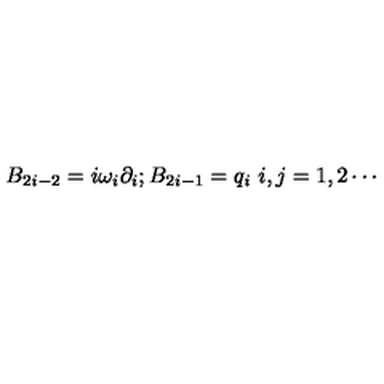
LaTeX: B _ { 2 i - 2 } = i \omega _ { i } \partial _ { i } ; B _ { 2 i - 1 } = q _ { i } \ i , j = 1 , 2 \cdots